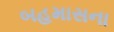
બહમાસના